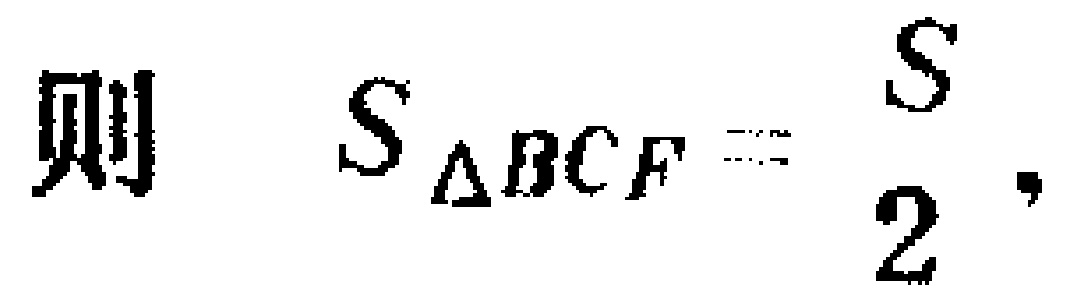
则 \(S_{\triangle BCF}=\frac{S}{2},\)